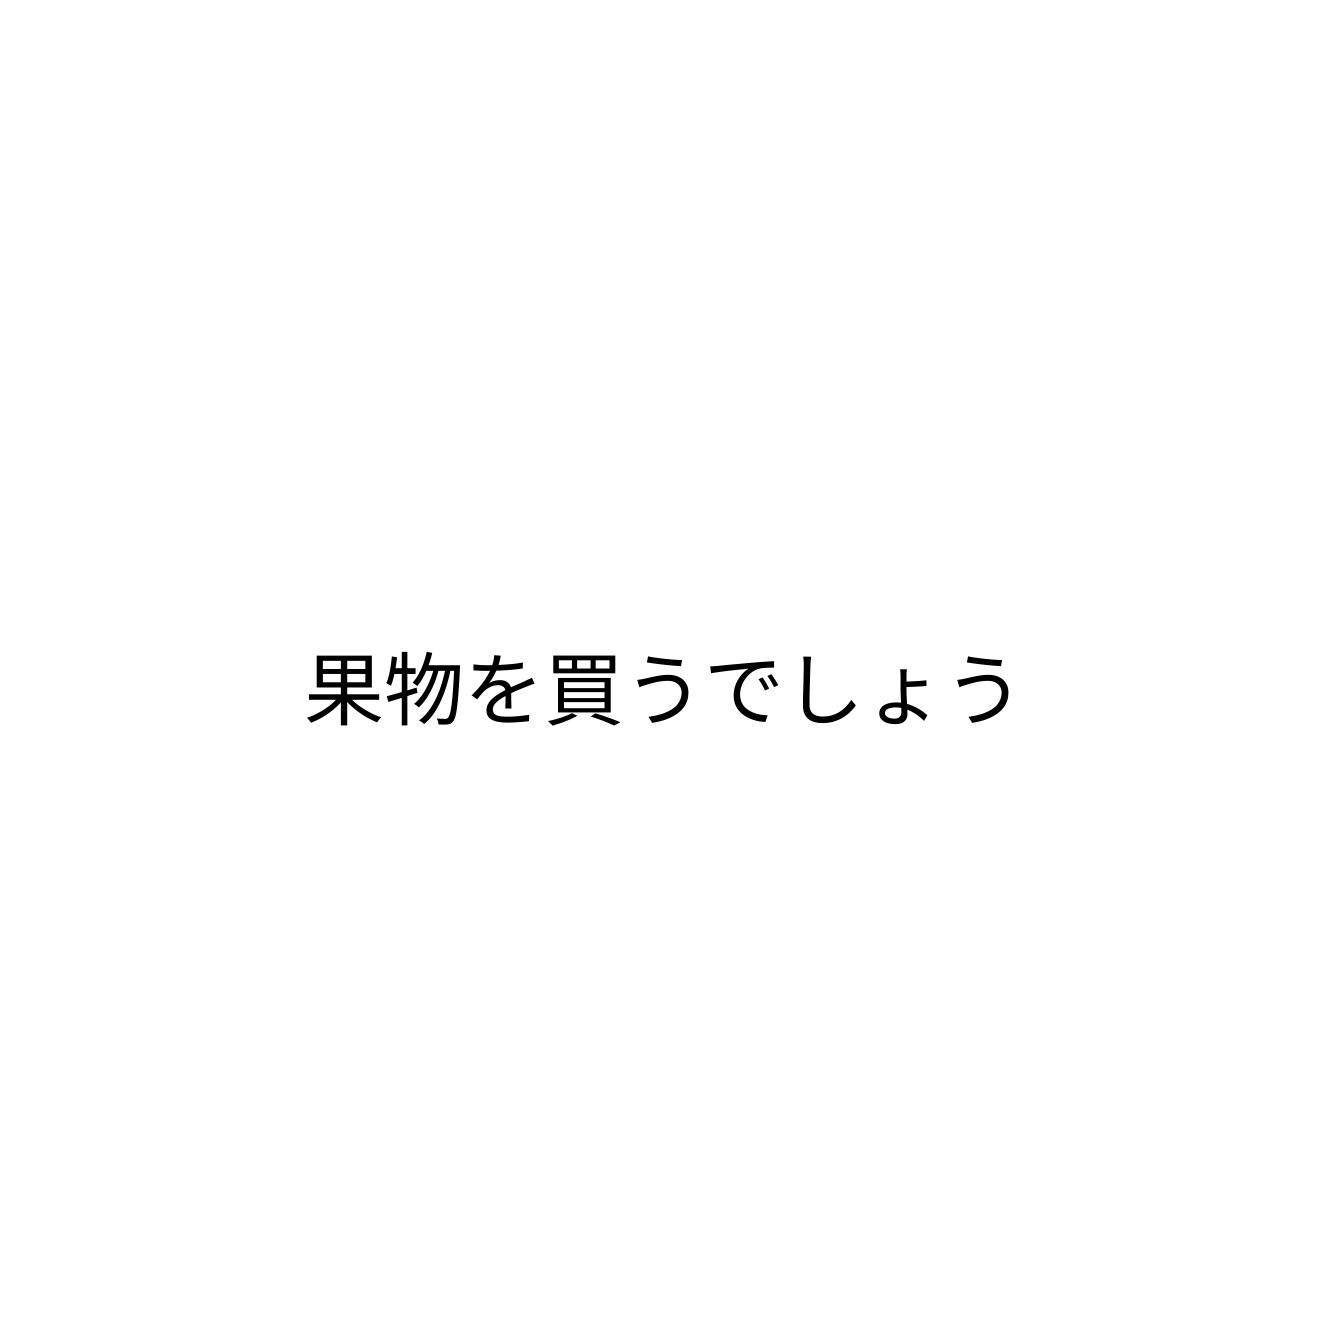
果物を買うでしょう